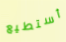
أستطيع